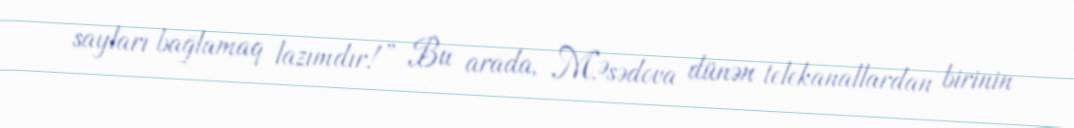
sayları bağlamaq lazımdır!” Bu arada, M.Əsədova dünən telekanallardan birinin